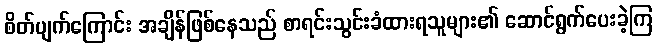
စိတ်ပျက်ကြောင်း အချိန်ဖြစ်နေသည် စာရင်းသွင်းခံထားရသူများ၏ ဆောင်ရွက်ပေးခဲ့ကြ